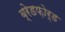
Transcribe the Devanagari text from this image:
ब्रेडफ़ोर्ड